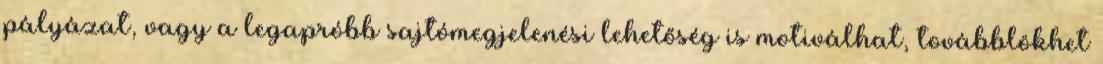
pályázat, vagy a legapróbb sajtómegjelenési lehetőség is motiválhat, továbblökhet